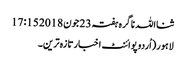
ثنااللہ ناگرہ ہفتہ 23 جون 2018 17:15
لاہور(اُردوپوائنٹ اخبارتازہ ترین۔